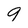
Character: 9